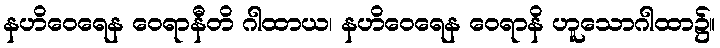
နဟိဝေရေန ဝေရာနီတိ ဂါထာယ၊ နဟိဝေရေန ဝေရာနိ ဟူသောဂါထာ၌။